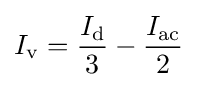
{I_{\mathrm {v} }={\frac {I_{\mathrm {d} }}{3}}-{\frac {I_{\mathrm {ac} }}{2}}}